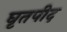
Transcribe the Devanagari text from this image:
घृतपीद